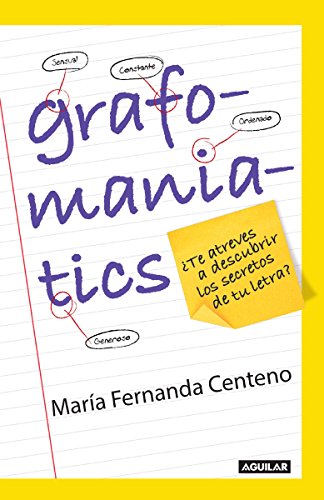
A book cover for Grafomaniatics. Â¿Te atreves a descubrir los secretos de tu letra? (Spanish Edition); Fernanda Centeno; Self-Help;